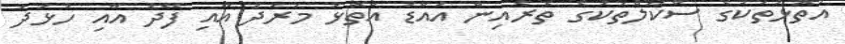
އަތޮޅުތަކުގެ ސްކޫލްތަކުގެ ތެރެއިން އައްޑު އަތޮޅު މަރަދު އާއި ފޭދު އާއި ހުޅުދު